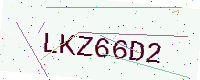
Text: LKZ66D2